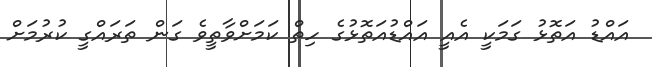
އައްޑު އަތޮޅު ގަމަކީ އެެއީ އައްޑުއަތޮޅުގެ ހިތް ކަމަށްވާތީވެ ގަން ތަރައްގީ ކުރުމަށް